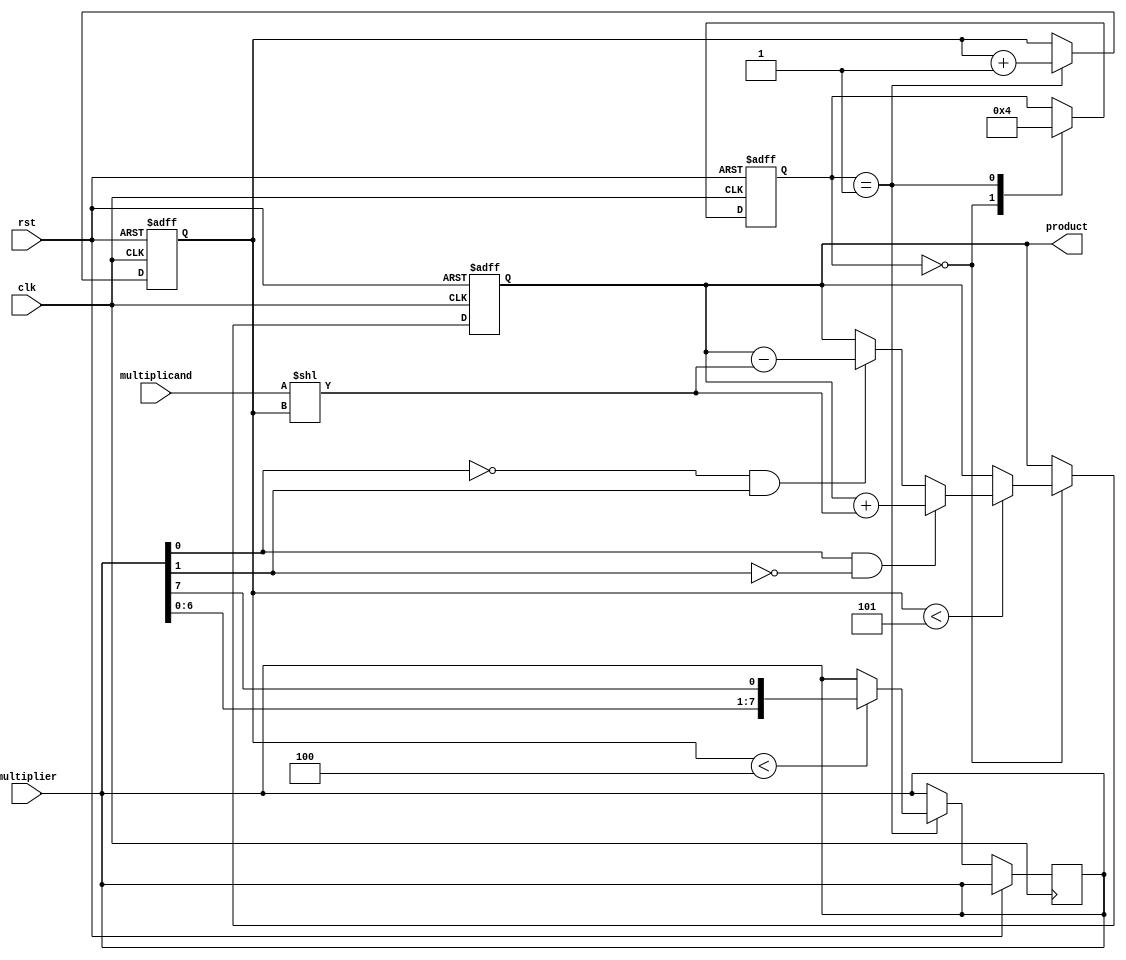
module booth_multiplier (
    input wire clk,
    input wire rst,
    input wire [7:0] multiplicand,
    input wire [7:0] multiplier,
    output wire [15:0] product
);

// Registers for storing intermediate values
reg [15:0] partial_product;
reg [4:0] count;
reg [1:0] booth_state;

// Controller logic
always @(posedge clk or posedge rst) begin
    if (rst) begin
        partial_product <= 16'b0;
        count <= 5'b0;
        booth_state <= 2'b00;
    end else begin
        case (booth_state)
            2'b00: begin
                if (count < 5) begin
                    if (multiplier[0] & ~multiplier[1]) begin
                        partial_product <= partial_product + (multiplicand << count);
                    end else if (~multiplier[0] & multiplier[1]) begin
                        partial_product <= partial_product - (multiplicand << count);
                    end
                end
                booth_state <= 2'b01;
            end
            2'b01: begin
                if (count < 4) begin
                    multiplier <= {multiplier[6:0], multiplier[7]};
                end
                count <= count + 1;
                booth_state <= 2'b00;
            end
        endcase
    end
end

// Output product
assign product = partial_product;

endmodule